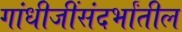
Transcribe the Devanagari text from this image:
गांधीजींसंदर्भांतील